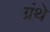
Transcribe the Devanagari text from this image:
ग्रंथे